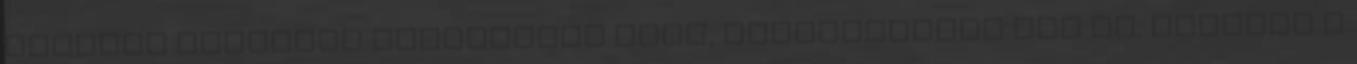
csillag kíváncsi természetű volt, bekukkantott ide is. Elnyílt a